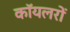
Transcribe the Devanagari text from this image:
कॉयलरों